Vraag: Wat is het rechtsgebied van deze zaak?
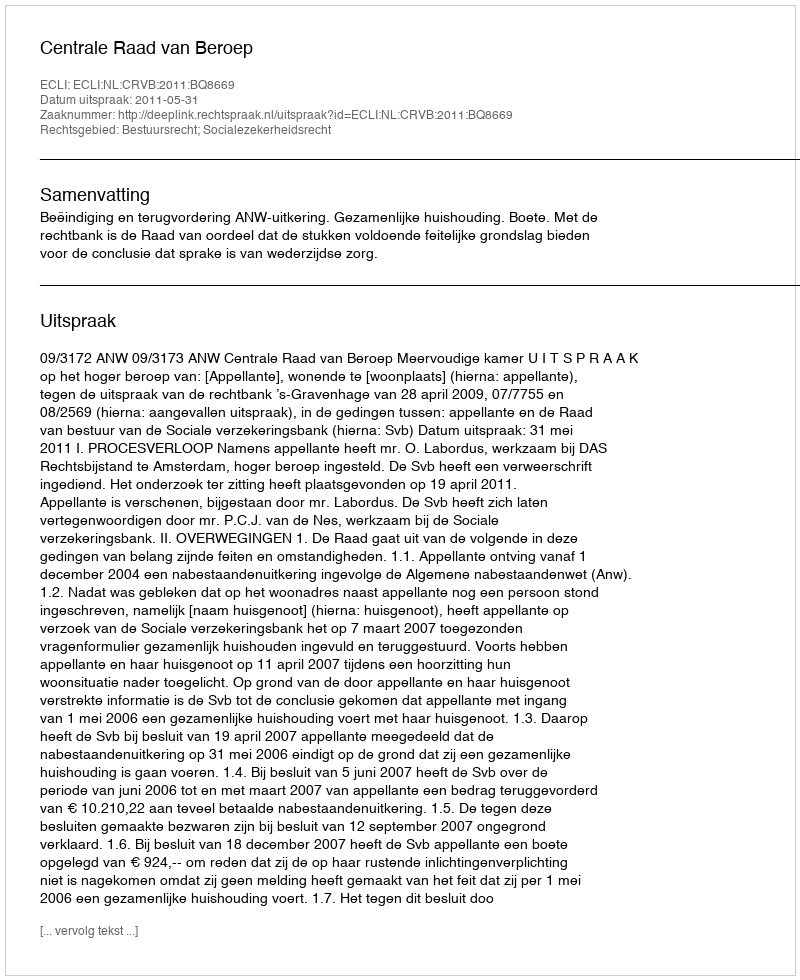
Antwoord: Bestuursrecht; Socialezekerheidsrecht